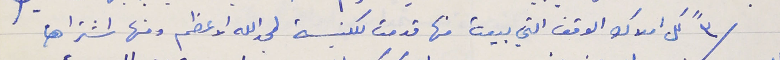
/٣" كل املاك الوقف التي بيعت منها قدمت للكنيسة لمجدالله الاعظم ومنها اشتراها